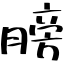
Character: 膀